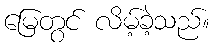
မြေတွင် လိမ့်ခဲ့သည်။